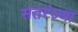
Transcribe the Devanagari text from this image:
सतरंज्या